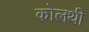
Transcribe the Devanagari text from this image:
कोलथी